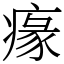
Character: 𤸁